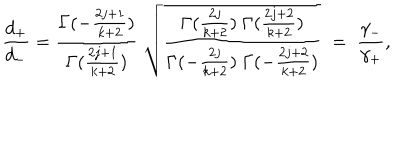
\frac { d _ { + } } { d _ { - } } = \frac { \Gamma ( - \frac { 2 j + 1 } { k + 2 } ) } { \Gamma ( \frac { 2 j + 1 } { k + 2 } ) } \; \sqrt { \frac { \Gamma ( \frac { 2 j } { k + 2 } ) \; \Gamma ( \frac { 2 j + 2 } { k + 2 } ) } { \Gamma ( - \frac { 2 j } { k + 2 } ) \; \Gamma ( - \frac { 2 j + 2 } { k + 2 } ) } } \; = \; \frac { \gamma _ { - } } { \gamma _ { + } } ,